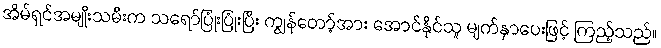
အိမ်ရှင်အမျိုးသမီးက သရော်ပြုံးပြုံးပြီး ကျွန်တော့်အား အောင်နိုင်သူ မျက်နှာပေးဖြင့် ကြည့်သည်။